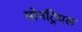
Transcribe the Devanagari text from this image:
मोनट्रियल